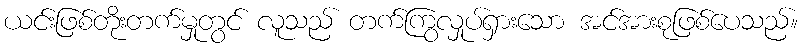
ယင်းဖြစ်တိုးတက်မှုတွင် လူသည် တက်ကြွလှုပ်ရှားသော အင်အားစုဖြစ်ပေသည်။